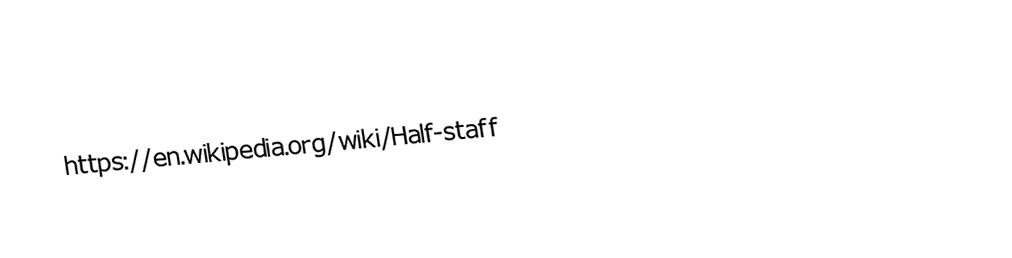
https://en.wikipedia.org/wiki/Half-staff